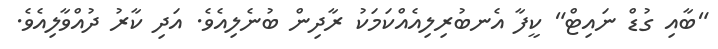
"ބާއި ގުޑް ނައިޓް" ކީފާ އެނބުރިލިއެއްކަމަކު ރާދިން ބުނެލިއެވެ. އަދި ކާރު ދުއްވާލިއެވެ.